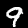
Digit: 9